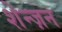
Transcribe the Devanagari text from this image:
शेन्ज़न